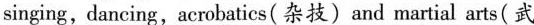
singing, dancing, acrobatics(杂技)and martial arts(武